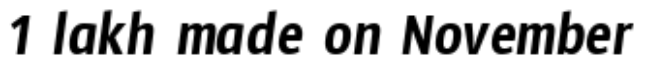
1 lakh made on November